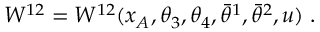
W ^ { 1 2 } = W ^ { 1 2 } ( x _ { A } , \theta _ { 3 } , \theta _ { 4 } , \bar { \theta } ^ { 1 } , \bar { \theta } ^ { 2 } , u ) \; .